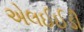
એલઈઈડી